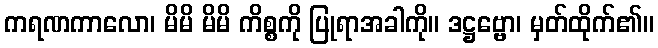
ကရဏကာလော၊ မိမိ မိမိ ကိစ္စကို ပြုရာအခါကို။ ဒဋ္ဌဗ္ဗော၊ မှတ်ထိုက်၏။